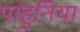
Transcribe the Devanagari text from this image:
पाहुनिया